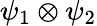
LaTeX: \psi_{1}\otimes\psi_{2}